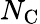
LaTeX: N_{\mathrm{C}}